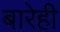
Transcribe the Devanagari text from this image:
बारेही